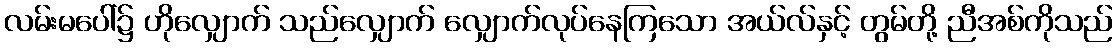
လမ်းမပေါ်၌ ဟိုလျှောက် သည်လျှောက် လျှောက်လုပ်နေကြသော အယ်လ်နှင့် တွမ်တို့ ညီအစ်ကိုသည်